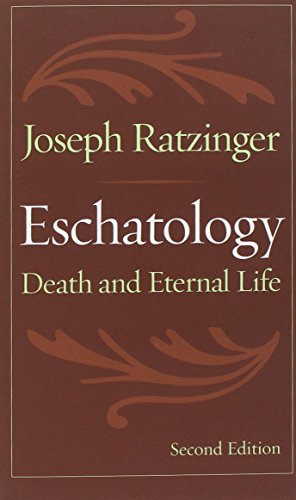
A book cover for Eschatology, Second Edition: Death and Eternal Life; Joseph Ratzinger; Christian Books & Bibles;